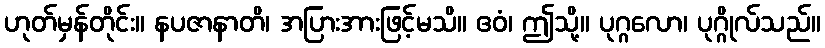
ဟုတ်မှန်တိုင်း။ နပဇာနာတိ၊ အပြားအားဖြင့်မသိ။ ဧဝံ၊ ဤသို့။ ပုဂ္ဂလော၊ ပုဂ္ဂိုလ်သည်။